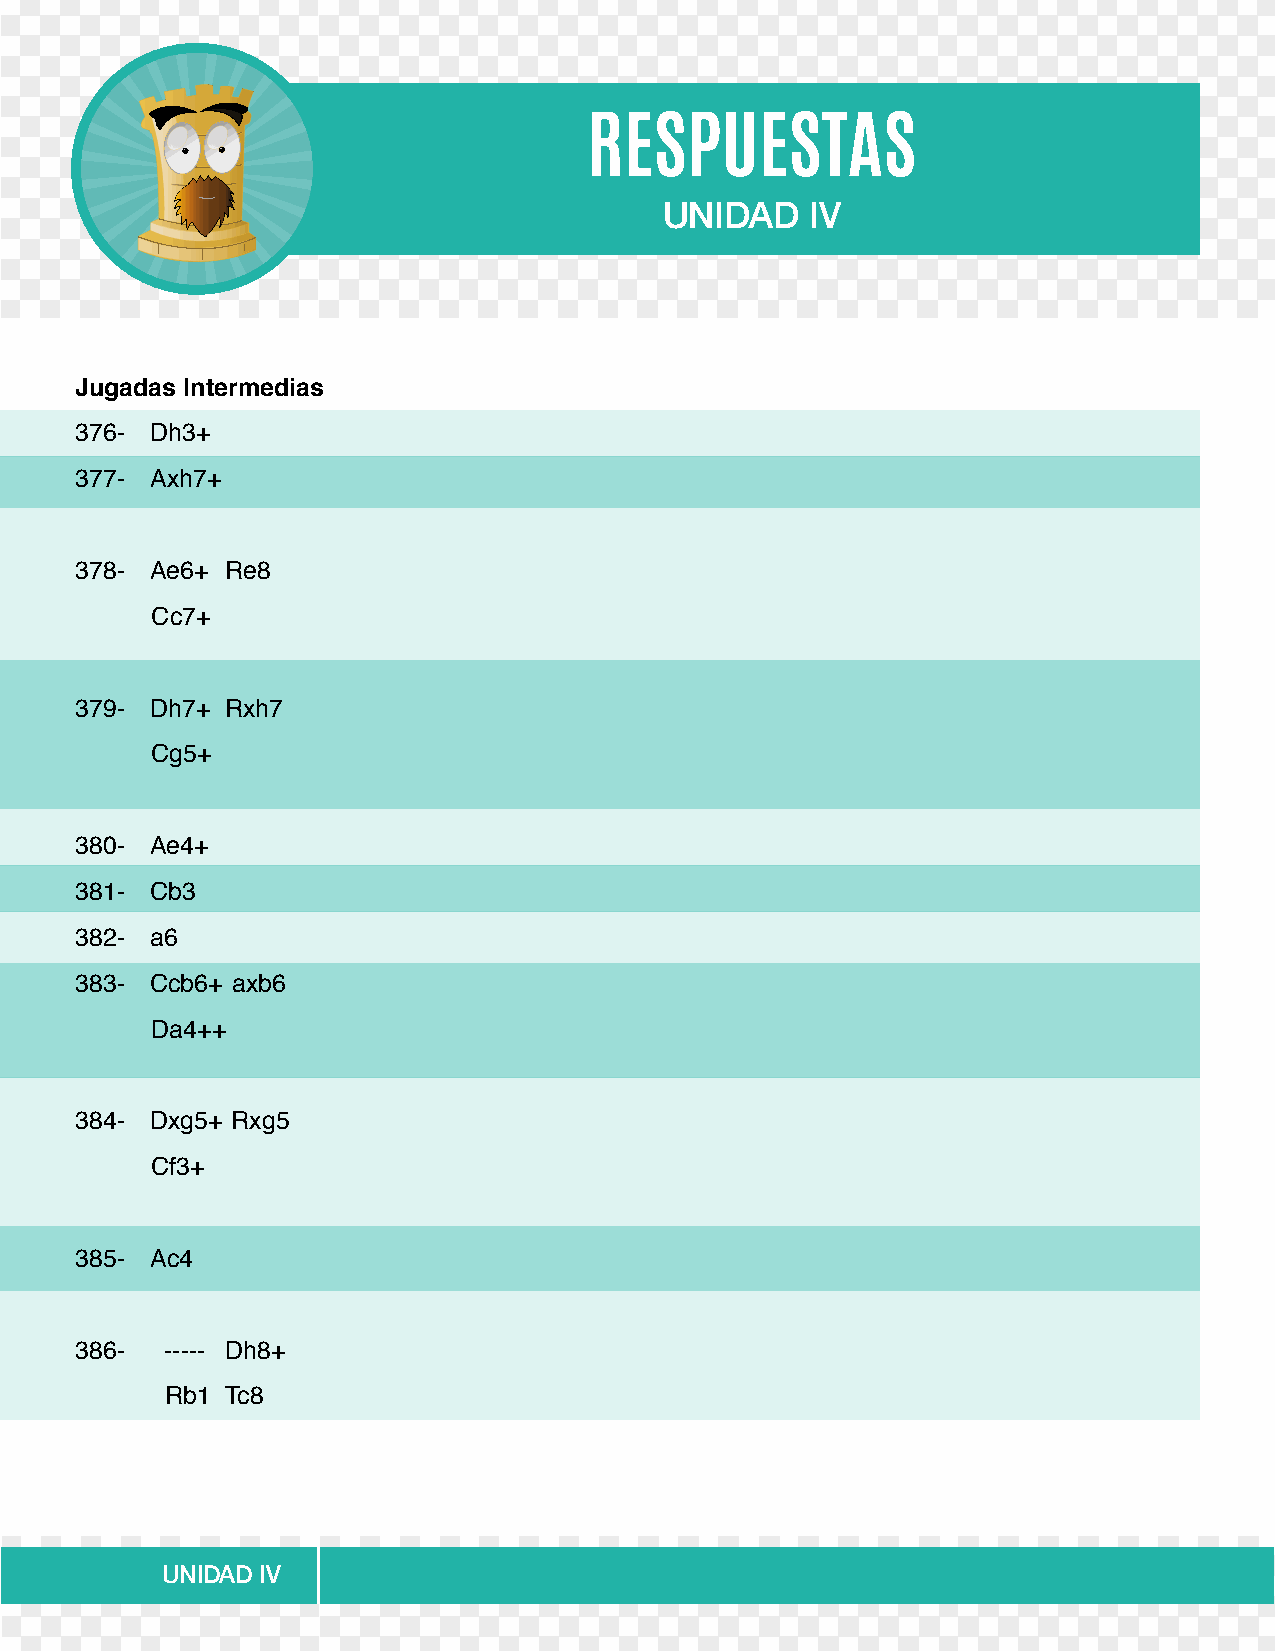
RESPUESTAS
 UNIDAD    IV
 Jugadas Intermedias
 376- Dh3+
 377- Axh7+
 378- Ae6+ Re8
 Cc7+
 379- Dh7+ Rxh7
 Cg5+
 380- Ae4+
 381- Cb3
 382- a6
 383- Ccb6+ axb6
 Da4++
 384- Dxg5+ Rxg5
 Cf3+
 385- Ac4
 386-  ----- Dh8+
 Rb1 Tc8
 UNIDAD IV